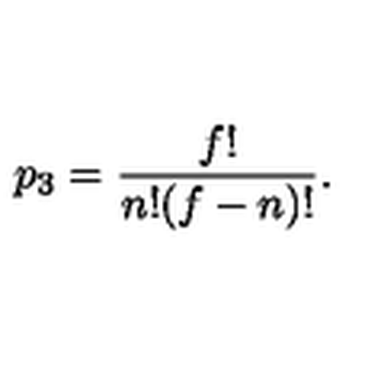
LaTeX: p _ { 3 } = { \frac { f ! } { n ! ( f - n ) ! } } .